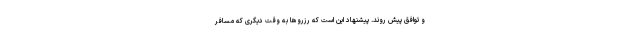
و توافق پیش روند. پیشنهاد این است که رزروها به وقت دیگری که مسافر